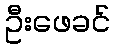
ဦးဖေခင်